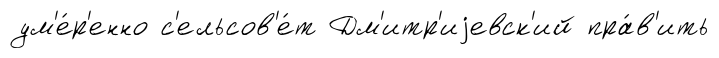
ум'е́р'енно с'ельсов'е́т Дм'итр'иjевск'ий пра́в'ить